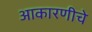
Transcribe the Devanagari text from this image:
आकारणीचे